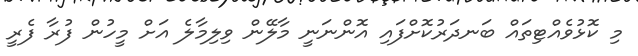
މި ކޮޅުވެއްޓިތައް ބަނދަރުކޮށްފައި އޮންނަނީ މާލޭން ވިލިމާލެ އަށް މީހުން ފުރާ ފެރީ